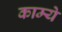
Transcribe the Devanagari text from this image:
काम्ये